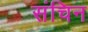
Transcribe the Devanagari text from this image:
संचिन